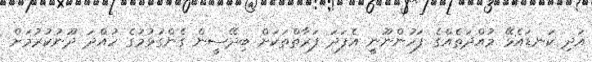
އަދި ކަނޑައެޅޭ މުއްދަތެއްގެ ފަހުންނޫނީ އެފަދަ ފަރާތްތަކަށް ބިދޭސީން ގެންގުޅުމުގެ ހުއްދަ ދޫނުކުރުމަށް